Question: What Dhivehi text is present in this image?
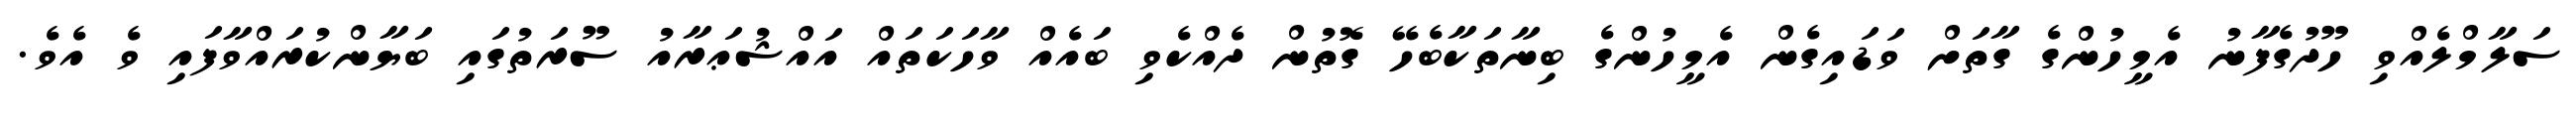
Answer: ސަލާމްލެއްވި ހޫދުގެފާނު އެމީހުންގެ ގާތަށް ވަޑައިގެން އެމީހުންގެ ބިނާތަކާބެހޭ ގޮތުން ދެއްކެވި ބައެއް ވާހަކަތައް އައްޝުޢަރާއު ސޫރަތުގައި ބަޔާންކުރައްވާފައި ވެ އެވެ.